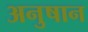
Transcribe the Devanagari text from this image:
अनुषान